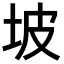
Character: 坡